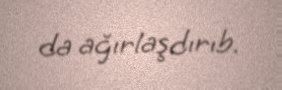
da ağırlaşdırıb.